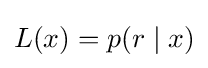
L(x)=p(r\mid x)